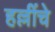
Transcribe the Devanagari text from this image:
हल्लींचे